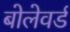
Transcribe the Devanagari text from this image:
बोलेवर्ड